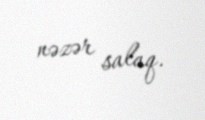
nəzər salaq.